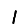
Digit: 1